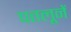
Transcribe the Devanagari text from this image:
पतलूनें